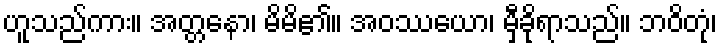
ဟူသည်ကား။ အတ္တနော၊ မိမိ၏။ အဝဿယော၊ မှီခိုရာသည်။ ဘဝိတုံ၊